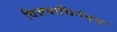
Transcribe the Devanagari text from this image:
विजयाभिनंदनः